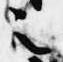
之